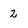
Character: 2